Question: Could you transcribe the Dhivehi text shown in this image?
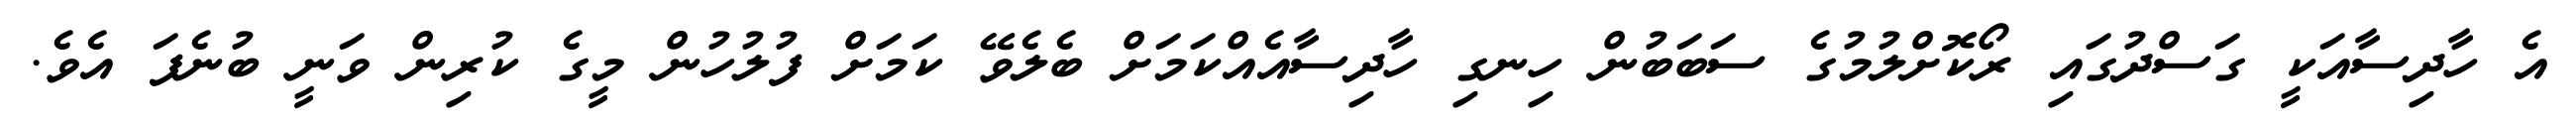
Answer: އެ ހާދިސާއަކީ ގަސްދުގައި ރޯކޮށްލުމުގެ ސަބަބުން ހިނގި ހާދިސާއެއްކަމަށް ބެލެވޭ ކަމަށް ފުލުހުން މީގެ ކުރިން ވަނީ ބުނެފަ އެވެ.